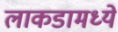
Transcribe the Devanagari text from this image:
लाकडामध्ये